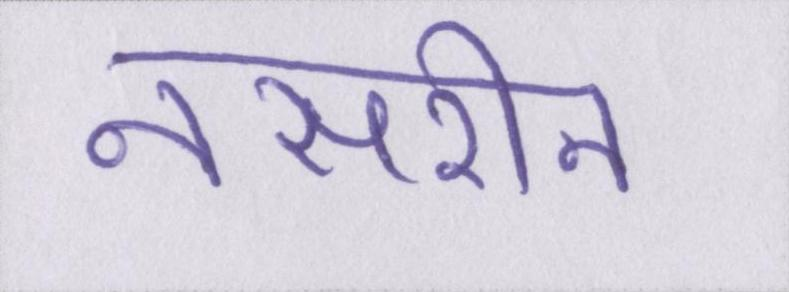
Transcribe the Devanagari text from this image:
नसरीन